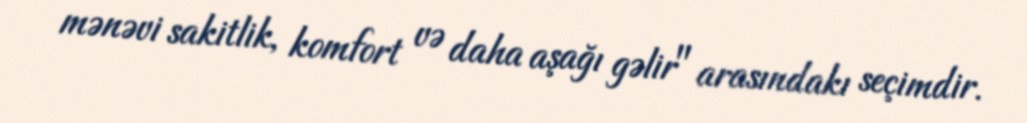
mənəvi sakitlik, komfort və daha aşağı gəlir" arasındakı seçimdir.